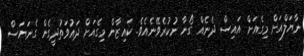
ނާޔަލްއަށް މިގެއަށް އައިސް ދެނެއް ގޯނާ ނުކުރެވޭނެއެވެ. ކައިޒާން މިގެއަށް ދައުވަތުދީގެން ގެނަޔަސް